Annual report of the Civil Veterinary Department, Bengal, for the year 1898-99 - 1898-1899
Year: 1898
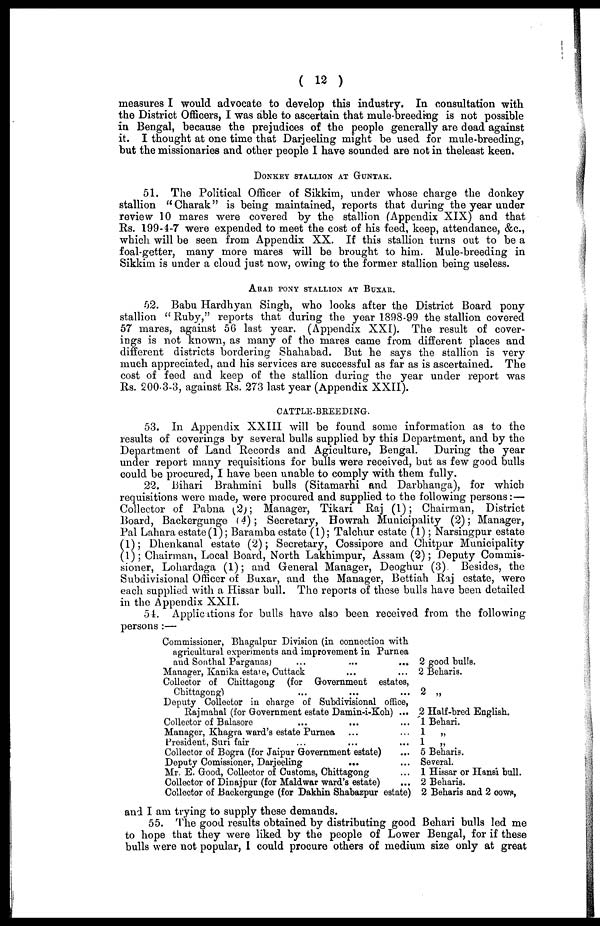
( 12 )
measures I would advocate to develop this industry. In consultation with
the District Officers, I was able to ascertain that mule-breeding is not possible
in Bengal, because the prejudices of the people generally are dead against
it. I thought at one time that Darjeeling might be used for mule-breeding,
but the missionaries and other people I have sounded are not in theleast keen.
DONKEY STALLION AT GUNTAK.
51. The Political Officer of Sikkim, under whose charge the donkey
stallion " Charak" is being maintained, reports that during the year under
review 10 mares were covered by the stallion (Appendix XIX) and that
Rs. 199-4-7 were expended to meet the cost of his feed, keep, attendance, &c.,
which will be seen from Appendix XX. If this stallion turns out to be a
foal-getter, many more mares will be brought to him. Mule-breeding in
Sikkim is under a cloud just now, owing to the former stallion being useless.
ARAB PONY STALLION AT BUXAR.
52. Babu Hardhyan Singh, who looks after the District Board pony
stallion " Ruby," reports that during the year 1898-99 the stallion covered
57 mares, against 56 last year. (Appendix XXI). The result of cover-
ings is not known, as many of the mares came from different places and
different districts bordering Shahabad. But he says the stallion is very
much appreciated, and his services are successful as far as is ascertained. The
cost of feed and keep of the stallion during the year under report was
Rs. 200-3-3, against Rs. 273 last year (Appendix XXII).
CATTLE-BREEDING.
53. In Appendix XXIII will be found some information as to the
results of coverings by several bulls supplied by this Department, and by the
Department of Land Records and Agiculture, Bengal. During the year
under report many requisitions for bulls were received, but as few good bulls
could be procured, I have been unable to comply with them fully.
22. Bihari Brahmini bulls (Sitamarhi and Darbhanga), for which
requisitions were made, were procured and supplied to the following persons:—
Collector of Pabna (2); Manager, Tikari Raj (1); Chairman, District
Board, Backergunge (4); Secretary, Howrah Municipality (2); Manager,
Pal Lahara estate (1); Baramba estate (1); Talchur estate (1); Narsingpur estate
(1); Dhenkanal estate (2); Secretary, Cossipore and Chitpur Municipality
(1) ; Chairman, Local Board, North Lakhimpur, Assam (2); Deputy Commis-
sioner, Lohardaga (1); and General Manager, Deoghur (3) Besides, the
Subdivisional Officer of Buxar, and the Manager, Bettiah Raj estate, were
each supplied with a Hissar bull. The reports of these balls have been detailed
in the Appendix XXII.
51. Applications for bulls have also been received from the following
persons :—
Commissioner, Bhagalpur Division (in connection with
agricultural experiments and improvement in Purnea
and Sonthal Parganas
...
...
...
Manager, Kanika estate, Cuttack ... ...
Collector of Chittagong (for Government estates,
Chittagong) ... ... ...
Deputy Collector in charge of Subdivisional office,
Rajmahal (for Government estate Damin-i-Koh) ...
Collector of Balasore ... ... ...
Manager, Khagra ward's estate Purnea ... ...
President, Suri fair ... ... ...
Collector of Bogra (for Jaipur Government estate) ...
Deputy Comissioner, Darjeeling ... ...
Mr. E. Good, Collector of Customs, Chittagong ...
Collector of Dinajpur (for Maldwar ward's estate) ...
Collector of Backergunge (for Dakhin Shabazpur estate)
2 good bulls.
2 Beharis.
2 „
2 Half-bred English.
1 Behari.
1 „
1 „
5 Beharis.
Several.
1 Hissar or Hansi bull.
2 Beharis.
2 Beharis and 2 cows,
and I am trying to supply these demands.
55. The good results obtained by distributing good Behari bulls led me
to hope that they were liked by the people of Lower Bengal, for if these
bulls were not popular, 1 could procure others of medium size only at great